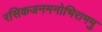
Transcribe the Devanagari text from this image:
रसिकजनमनोभिराममु